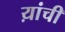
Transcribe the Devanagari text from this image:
य़ांची